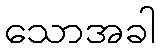
သောအခါ